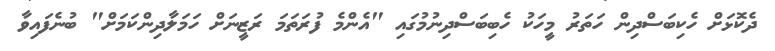
ދެކޮޅަށް ހެކިބަސްދިން ހަތަރު މީހަކު ހެބިބަސްދިނުމުގައި "އެންމެ ފުރަތަމަ ރަޒީނަށް ހަމަލާދިންކަމަށް" ބުނެފައިވާ